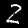
Label: 2